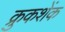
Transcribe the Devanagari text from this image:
क्रुकशेंक